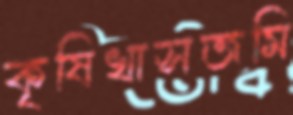
কৃষিখাসজমি